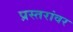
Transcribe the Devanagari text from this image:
प्रस्तरांवर